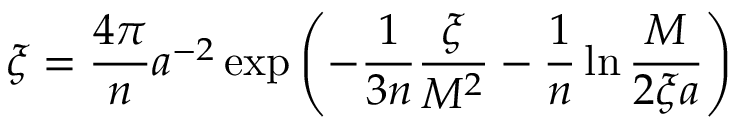
\xi = \frac { 4 \pi } { n } a ^ { - 2 } \exp \left( - \frac { 1 } { 3 n } \frac { \xi } { M ^ { 2 } } - \frac { 1 } { n } \ln \frac { M } { 2 \xi a } \right)